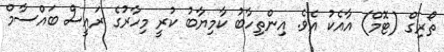
ތޯރިގް (ޓޮމް) އާއެކު އެވެ. އިންތިހާބު ކާމިޔާބު ކުރީ މިހާރުގެ ރައީސް ބައްސާމް